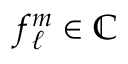
f _ { \ell } ^ { m } \in \mathbb { C }